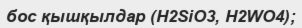
бос қышқылдар (H2SіO3, H2WO4);